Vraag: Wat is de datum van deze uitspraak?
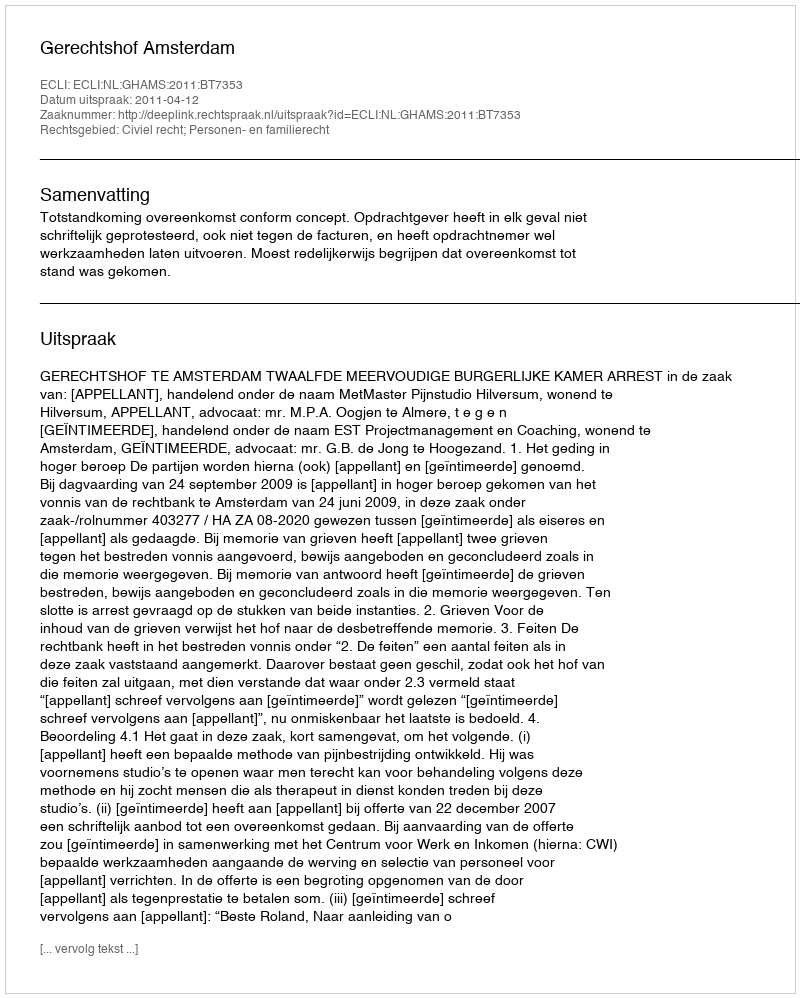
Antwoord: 2011-04-12